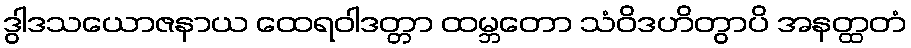
ဒွါဒသယောဇနာယ ထေရဝါဒတ္တာ ထမ္ဘတော သံဝိဒဟိတွာပိ အနတ္ထတံ